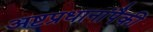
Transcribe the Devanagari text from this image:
अष्टप्रधानांपैकी